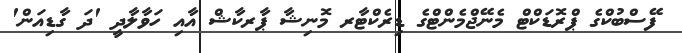
ފޭސްބުކްގެ ޕްރޮޑަކްޓް މެނޭޖްމެންޓްގެ ޑިރެކްޓާރ މޮނިޝާ ޕާރކާޝް އާއި ހަވާލާދީ 'ދަ ގާޑިއަން'